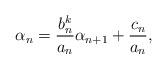
LaTeX: \begin{align*}\alpha_n = \frac{b_n^k}{a_n} \alpha_{n+1} + \frac{c_n}{a_n},\end{align*}